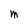
Character: M